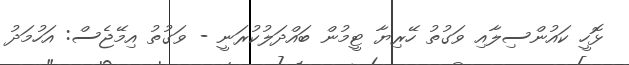
ޅޮހީ ކައުންސިލާއި ވަގުތު ހޭރިޔާ ޓީމުން ބައްދަލުކުރަނީ - ވަގުތު އިމޭޖެސް: އަހުމަދު